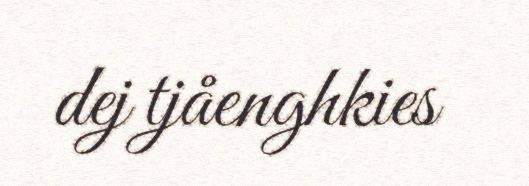
dej tjåenghkies